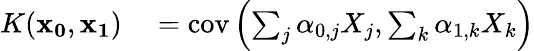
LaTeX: \begin{array}{rl}{K(\mathbf{x_{0}},\mathbf{x_{1}})}&{{}=\mathrm{cov}\left(\sum_{j}\alpha_{0,j}X_{j},\sum_{k}\alpha_{1,k}X_{k}\right)}\end{array}